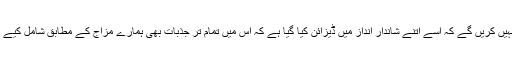
آپ یقین نہیں کریں گے کہ اسے اتنے شاندار انداز میں ڈیزائن کیا گیا ہے کہ اس میں تمام تر جذبات بھی ہمارے مزاج کے مطابق شامل کیے گئے ہیں۔